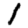
Digit: 1